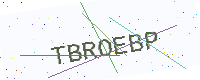
Text: TBROEBP